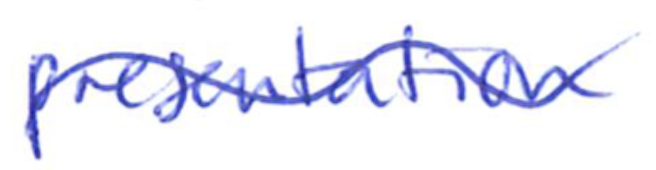
Text: presentation
Cross-out: wave
Writing tool: ballpoint